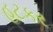
હટકર